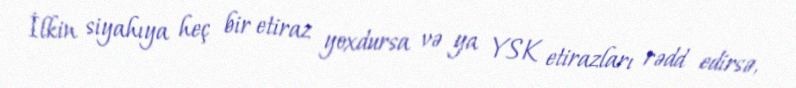
İlkin siyahıya heç bir etiraz yoxdursa və ya YSK etirazları rədd edirsə,